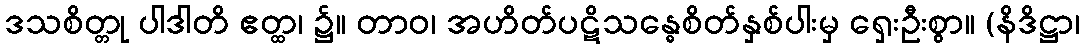
ဒသစိတ္တု ပါဒါတိ ဧတ္ထ၊ ၌။ တာဝ၊ အဟိတ်ပဋိသန္ဓေစိတ်နှစ်ပါးမှ ရှေးဦးစွာ။ (နိဒိဋ္ဌာ၊